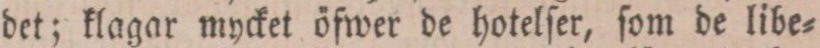
det; klagar mycket öfwer de hotelſer, ſom de libe=